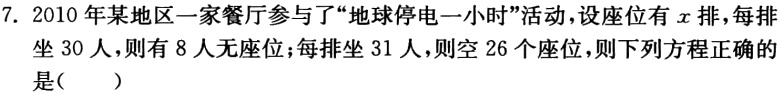
7. 2010 年某地区一家餐厅参与了“地球停电一小时”活动，设座位有\(x\)排，每排坐 30 人，则有 8 人无座位；每排坐 31 人，则空 26 个座位，则下列方程正确的是( )